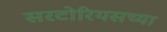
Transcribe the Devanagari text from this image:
सरटोरियसच्या